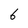
Character: 6